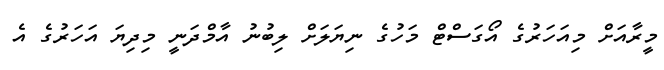
މީރާއަށް މިއަހަރުގެ އޯގަސްޓް މަހުގެ ނިޔަލަށް ލިބުނު އާމްދަނީ މިދިޔަ އަހަރުގެ އެ